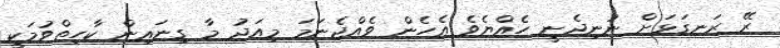
ރޭ ރަނގަޅަށް ނުނިދެނީ ހެއްޔެވެ އެހެން ވެއްޖެނަމަ މިއަދު މާ ގިނައިން ކާހިތްވުމަކީ